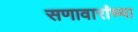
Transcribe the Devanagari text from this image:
सणावारांच्या